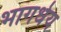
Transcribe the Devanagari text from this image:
भागधेय